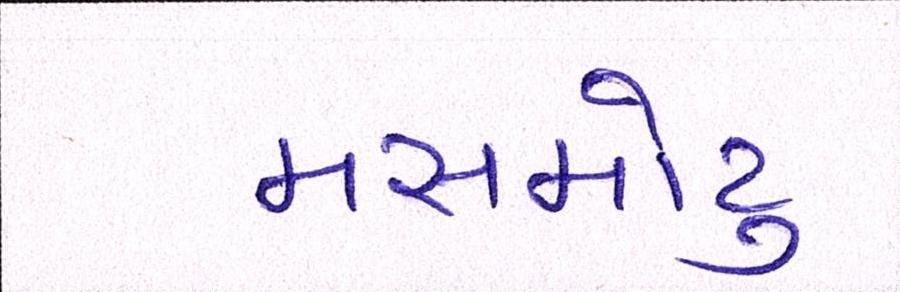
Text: મસમોટુ